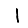
Digit: 1